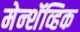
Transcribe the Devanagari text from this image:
मेन्शॅव्हिक